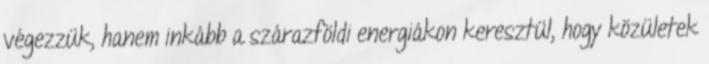
végezzük, hanem inkább a szárazföldi energiákon keresztül, hogy közületek